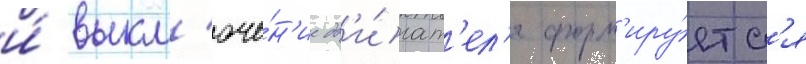
и́ выкл'юче́н'ие дв'и́гат'ел'я форм'иру́етс'я